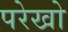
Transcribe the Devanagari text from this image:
परेखो